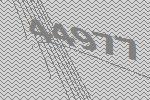
44977